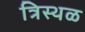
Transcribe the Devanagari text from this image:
त्रिस्थळ